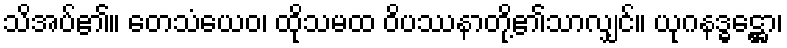
သိအပ်၏။ တေသံယေဝ၊ ထိုသမထ ဝိပဿနာတို့၏သာလျှင်။ ယုဂနဒ္ဓဋ္ဌော၊